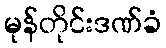
မုန်တိုင်းဒဏ်ခံ